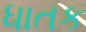
ધાતક